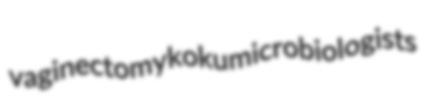
vaginectomy koku microbiologists